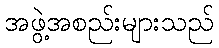
အဖွဲ့အစည်းများသည်